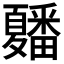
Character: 𭐲